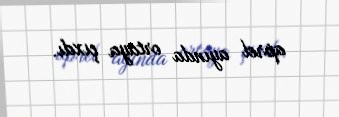
aprel ayında ortaya çıxdı.